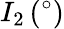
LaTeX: I_{2}\, (^{\circ})